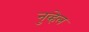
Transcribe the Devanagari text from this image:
नुव्हेल